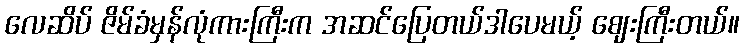
လေဆိပ် ဇိမ်ခံမှန်လုံကားကြီးက အဆင်ပြေတယ်ဒါပေမယ့် ဈေးကြီးတယ်။